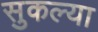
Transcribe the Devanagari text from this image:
सुकल्या